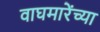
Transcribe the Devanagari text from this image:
वाघमारेंच्या